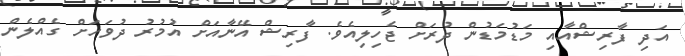
އަދި ފާރިޝްއާއި މަޑުމަޑުން ދުރަށް ޖެހިލިއެވެ. ފާރިޝް އޭނާއަށް އުމުރު ދުވަހަށް ގެއްލެން